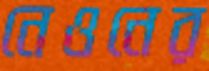
নেওনের